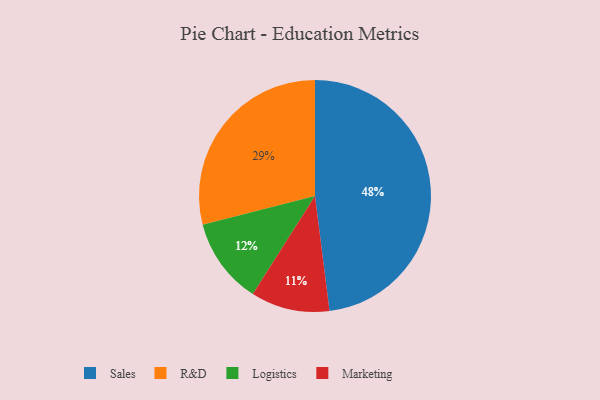
{"axis": {"x": "Category", "y": "Percentage"}, "legend": ["Logistics", "Marketing", "R&D", "Sales"], "data": [{"x": "Marketing", "y": 11, "type": "Marketing"}, {"x": "Sales", "y": 48, "type": "Sales"}, {"x": "R&D", "y": 29, "type": "R&D"}, {"x": "Logistics", "y": 12, "type": "Logistics"}]}